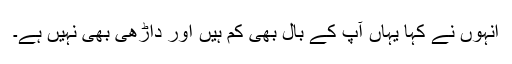
انہوں نے کہا یہاں آپ کے بال بھی کم ہیں اور داڑھی بھی نہیں ہے۔